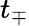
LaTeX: t_{\mp}